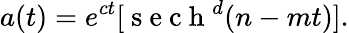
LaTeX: a(t)=e^{ct}[\mathrm{~s~e~c~h~}^{d}(n-mt)].